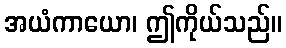
အယံကာယော၊ ဤကိုယ်သည်။